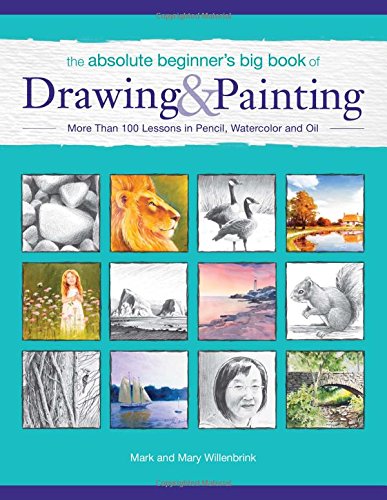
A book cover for The Absolute Beginner's Big Book of Drawing and Painting: More Than 100 Lessons in Pencil, Watercolor and Oil; Mark Willenbrink; Arts & Photography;